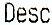
DESC